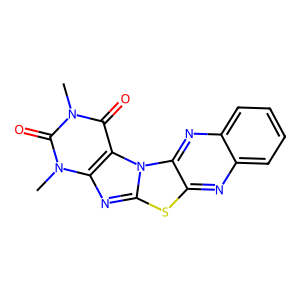
SMILES: Cn1c(=O)c2c(nc3sc4nc5ccccc5nc4n32)n(C)c1=O
Inhibits HIV replication: No